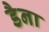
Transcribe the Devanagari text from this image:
डैना